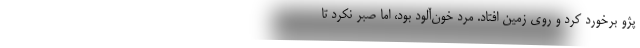
پژو برخورد کرد و روی زمین افتاد. مرد خون‌آلود بود، اما صبر نکرد تا